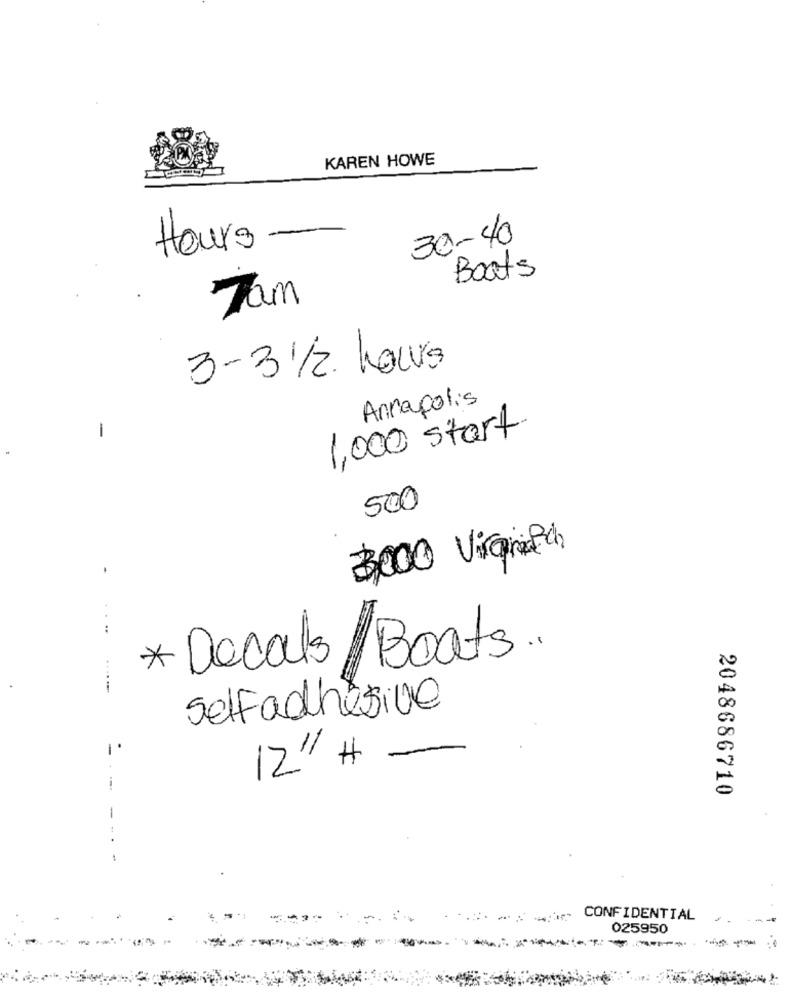
KAREN HOWE
Hours
30-40
Boats
7am
3-3 1/2 hours
Annapolis
1,000 start
-
500
3000 Virginiaich
Boats ..
* Decals
---
selfadhesive
-
12" #
2048686710
-
CONFIDENTIAL
025950